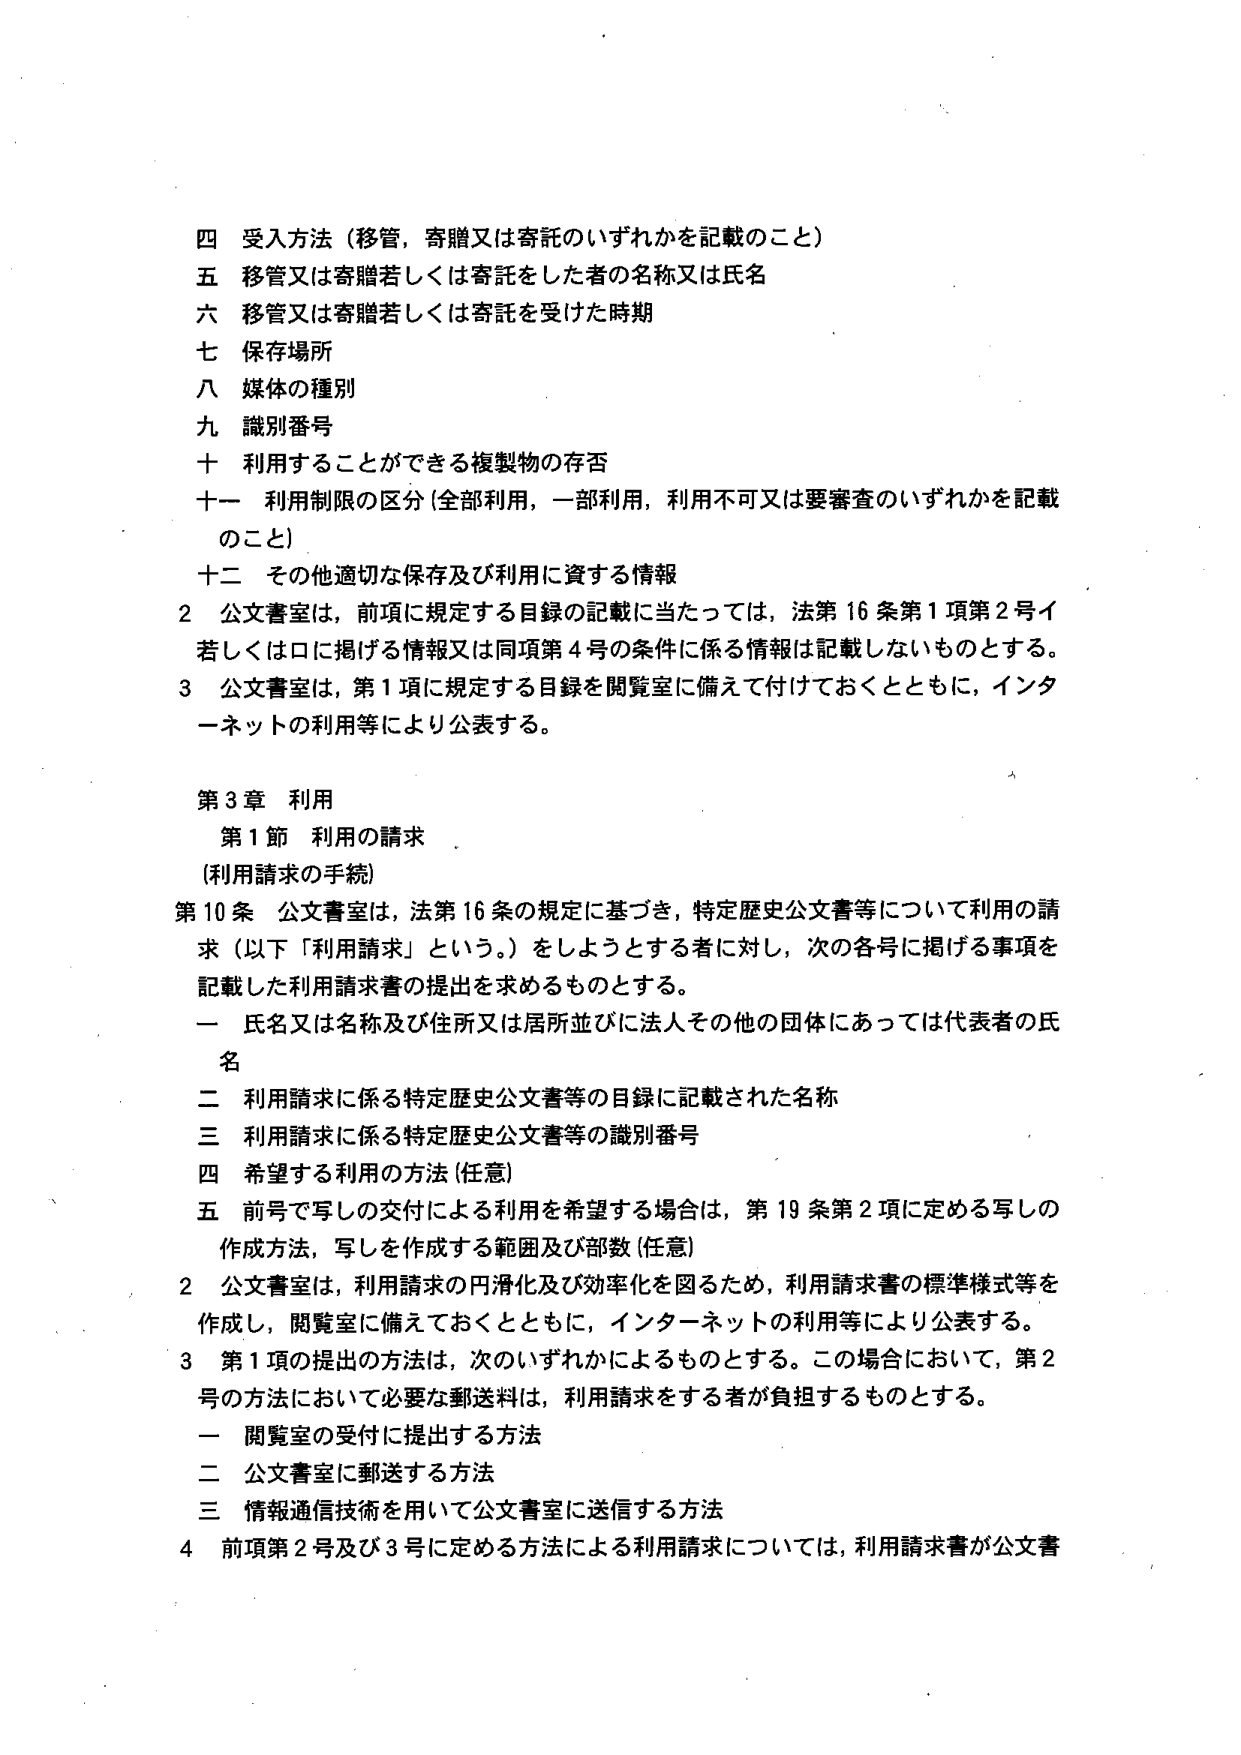
四 受入方法（移管，寄贈又は寄託のいずれかを記載のこと）
五 移管又は寄贈若しくは寄託をした者の名称又は氏名
六 移管又は寄贈若しくは寄託を受けた時期
七 保存場所
八 媒体の種別
九 識別番号
十 利用することができる複製物の存否
十一 利用制限の区分（全部利用，一部利用，利用不可又は要審査のいずれかを記載のこと）
十二 その他適切な保存及び利用に資する情報

2 公文書室は，前項に規定する目録の記載に当たっては，法第16条第1項第2号イ若しくはロに掲げる情報又は同項第4号の条件に係る情報は記載しないものとする。
3 公文書室は，第1項に規定する目録を閲覧室に備えて付けておくとともに，インターネットの利用等により公表する。

第3章 利用
第1節 利用の請求
（利用請求の手続）

第10条 公文書室は，法第16条の規定に基づき，特定歴史公文書等について利用の請求（以下「利用請求」という。）をしようとする者に対し，次の各号に掲げる事項を記載した利用請求書の提出を求めるものとする。
一 氏名又は名称及び住所又は居所並びに法人その他の団体にあっては代表者の氏名
二 利用請求に係る特定歴史公文書等の目録に記載された名称
三 利用請求に係る特定歴史公文書等の識別番号
四 希望する利用の方法（任意）
五 前号で写しの交付による利用を希望する場合は，第19条第2項に定める写しの作成方法，写しを作成する範囲及び部数（任意）

2 公文書室は，利用請求の円滑化及び効率化を図るため，利用請求書の標準様式等を作成し，閲覧室に備えておくとともに，インターネットの利用等により公表する。
3 第1項の提出の方法は，次のいずれかによるものとする。この場合において，第2号の方法において必要な郵送料は，利用請求をする者が負担するものとする。
一 閲覧室の受付に提出する方法
二 公文書室に郵送する方法
三 情報通信技術を用いて公文書室に送信する方法
4 前項第2号及び3号に定める方法による利用請求については，利用請求書が公文書